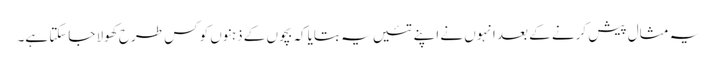
یہ مثال پیش کرنے کے بعد انہوں نے اپنے تئیں یہ بتایاکہ بچوں کے ذہنوں کو کس طرح کھولا جاسکتا ہے۔